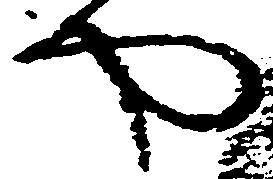
や